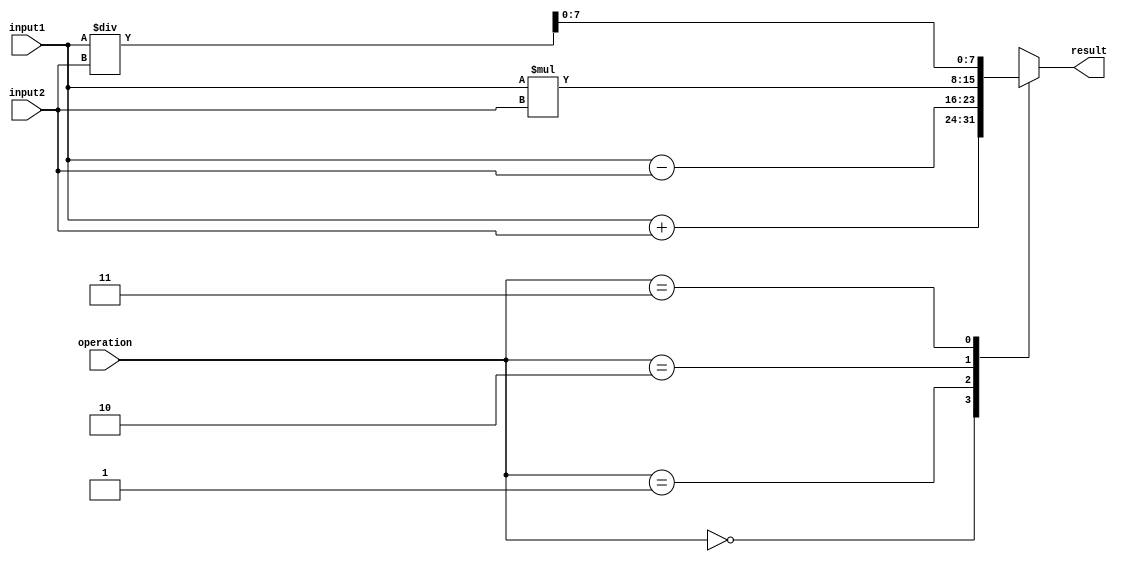
module FixedPointFloatingPointUnit (
    input wire [7:0] input1,
    input wire [7:0] input2,
    input wire [1:0] operation,
    output wire [7:0] result
);

reg [15:0] temp_result;

always @(*)
begin
    case(operation)
        2'b00: temp_result <= input1 + input2; // Addition
        2'b01: temp_result <= input1 - input2; // Subtraction
        2'b10: temp_result <= input1 * input2; // Multiplication
        2'b11: temp_result <= input1 / input2; // Division
    endcase
end

assign result = temp_result[7:0];

endmodule